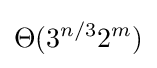
\Theta (3^{n/3}2^{m})